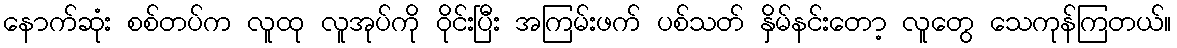
နောက်ဆုံး စစ်တပ်က လူထု လူအုပ်ကို ဝိုင်းပြီး အကြမ်းဖက် ပစ်သတ် နှိမ်နင်းတော့ လူတွေ သေကုန်ကြတယ်။